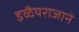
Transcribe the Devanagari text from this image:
इळैयराजाने